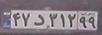
۴۷د۳۱۲۹۹